Vital statistics of India. Vol. IV, Annual returns from 1871 to 1876. British Army of India, Native Army and jails of Bengal
Year: 1871
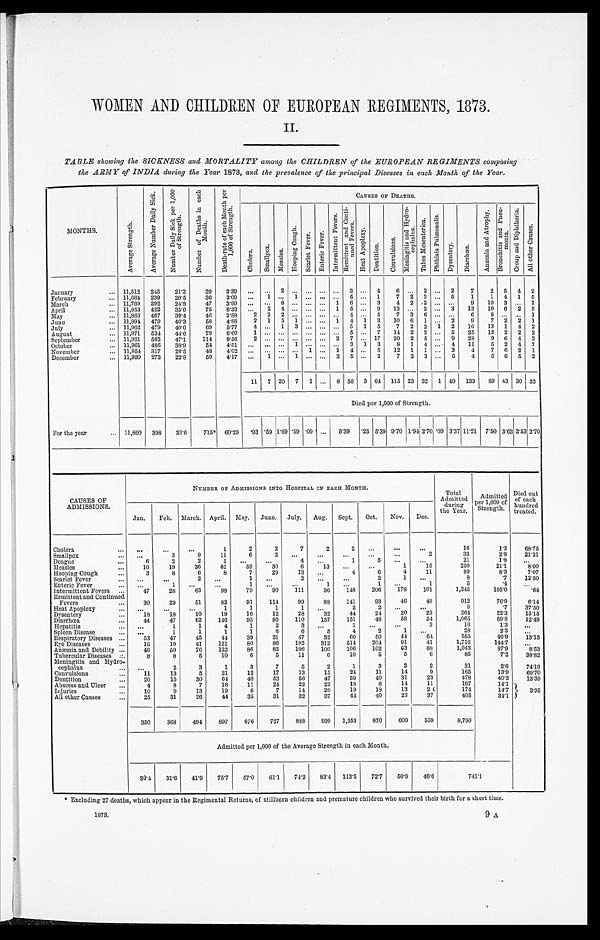
WOMEN AND CHILDREN OF EUROPEAN REGIMENTS, 1873.
II.
TABLE showing the SICKNESS and MORTALITY among the CHILDREN of the EUROPEAN REGIMENTS composing
the ARMY of INDIA during the Year 1873, and the prevalence of the principal Diseases in each Month of the Year.
MONTHS.
A v e r a g e S t r e n g t h .
A v e r a g e N u m b e r D a i l y S i c k .
N u m b e r D a i l y S i c k p e r 1 , 0 0 0 o f S t r e n g t h .
N u m b e r o f D e a t h s e a c h M o n t h .
D e a t h - r a t e o f e a c h M o n t h p e r 1 , 0 0 0 o f S t r e n g t h .
CAUSES OF DEATHS.
C h o l e r a .
S m a l l p o x .
M e a s l e s .
H o o p i n g C o u g h .
S c a r l e t F e v e r . E n t e r i c F e v e r .
I n t e r m i t t e n t F e v e r s .
R e m i t t e n t a n d C o n t i - n u e d F e v e r s .
H e a t A p o p l e x y .
D e n t i t i o n .
C o n v u l s i o n s .
M e n i n g i t i s a n d H y d r o - c e p h a l u s .
T a b e s M e s e n t e r i c a .
P h t h i s i s P u l m o n a l i s .
D y s e n t e r y . D i a r r h œ a . .
A n æ m i a a n d A t r o p h y .
B r o n c h i t i s a n d P n e u - m o n i a .
C r o u p a n d D i p h t h e r i a .
A l l o t h e r C a u s e s .
January . . . 11,512 245
21.3
39
3.39 . . .
. . .
2
. . . . . . . . . . . . 3 . . . 4
6
.
. . 2 . . . 2
7
2 5 4 2
February . . . 11,664 239
20.5
36
3.09
. . .
1 . . . 1 . . .
. . . . . . 5 . . . 1
7 2 2
. . . 5
1
1 4 1 5
March . . .. 11,769 292
24.8
47
3.99
. . .
. . .
6
. . . . . . . . . 1 6 . . . 3
4 2 2
. . .
. . .
9
10 3
. . . 1
April . . .. 11,853 422
35.6
75
6.33
. . .
2 4
. . . . . .
. . . 1 5 . . . 9
13
. . . 2
. . . 3
13
10 6 2 5
May . . .. 11,866 467
39.4
46
3.88
2 2 2 . . . . . . . . . . . . 4 . . . 5
7 3 6
. . .
. . .
6
8
. . .
. . . 1
June . . .. 11,894 479
40.3
58
4.88
2 1 5 1 . . . . . . 1 4 1 3
10 6 1
. . . 2
9
7 2 2 1
July . . .. 11,962 479
40.0
69
5.77
4 . . .
1 3 . . .
. . . . . . 5 1 5
7 2 2
1 2
16
13 1 4 2
August . . .. 11,971 534
44.6
79
6.60
1 . . .
. . .
. . . . . .
. . . . . . 5 . . . 7
14 2 2
. . . 5
25
12 2 2 2
September . . .. 11,921 562
47.1
114
9.56
2 . . .
. . .
. . . . . . . . . 2 7
.
. . 17
20 2 5
. . . 9
28
9 6 4 3
October . . .. 11,961 466
38.9
54
4.51
. . .
. . . . . . 1 . . . . . . . . . 3 1 3
8 1 4
. . . 4
11
5 2 4 7
November . . .. 11,954 317
26.5
48
4.02 . . .
. . .
. . .
. . . 1
. . . 1 4 . . . 5
12 1 1
. . . 3
4
7 6 2 1
December . . .. 11,990 273
22.8
50
4.17
. . .
1 . . .
1 . . . . . . 2 5 . . . 2
7 2 3
. . . 5
4
5 6 5 2
11 7 20 7 1 . . .
8 56 3 64 115 23 32 1 40 133
89 43 30 32
Died per 1,000 of Strength.
For the year . . . 11,860 398
33.6
715* 60.29 .93 .59 1.69 .59 .09 . . .
5.39 .25 5.39 9.70 1.94 2.70 .09 3.37 11.21 7.50 3.63 2.53 2.70
CAUSES OF
ADMISSIONS.
NUMBER OF ADMISSIONS INTO HOSPITAL IN EACH MONTH.
Total
Admitted
during
the Year.
Admitted
per 1, 000 of
Strength.
Died out
of each
hundred
treated.
Jan.
Feb. March. April. May. June. July.
Aug. Sept.
Oct.
Nov.
Dec.
Cholera . . .
. . .
. . .
. . .
1
2
2
7
2
2
. . .
. . .
. . .
16
1.3
68.75
Smallpox . . .
. . .
3
9
11
6
2
. . . . . .
. . .
. . .
. . .
2
33
2.8
21.21
Dengue . . .
6
2
2
1
. . .
. . .
4
. . .
1
5
. . .
. . .
21
1.8
. . .
Measles . . .
10
19
36
61
59
30
6
13
. . .
. . .
1
15
250
21.1
8.00
Hooping Cough . . .
3
8
6
8
7
29
13
. . .
4
6
4
11
99
8.3
7.07
Scarlet Fever . . .
. . .
. . .
2
. . .
1
. . .
2
. . .
. . .
2
1 . . .
8
. 7
12.50
Enteric Fever . . ..
. . .
1
. . .
. . .
1
. . .
. . .
1
. . .
1
. . .
1
5
.4
. . .
Intermittent Fevers . . .
47
28
63
98
79
90
111
96
148
206
178
101
1,245
105.0
.64
Remittent and Continued
Fevers . . .
30
29
51
82
91
114
99
88
141
93
46
48
912
76.9
6.14
Heat Apoplexy . . ..
. . .
. . .
. . .
1
1
1
1
. . .
2
2
. . .
. . .
8
.7
37.50
Dysentery . . ..
18
18
10
19
16
12
28
32
44
24
20
23
264
22.3
15.15
Diarrhœa . . .
44
47
62
146
93
95
110
157
151
48
58
54
1,065
89.8
12.49
Hepatitis . . ..
. . .
1
1
4
1
2
3
. . .
1
. . .
. . .
3
16
1.3
. . .
Spleen Disease . . .
. . .
1
1
1
1
6
6
5
4
2
1
. . .
28
2.3
. . .
Respiratory Diseases . . .
53
47
45
44
39
31
47
32
60
50
44
64
556
46.9
13.13
Eye Diseases . . ..
15
19
41
121
80
86
192
312
514
204
91
41
1,716
144.7
. . .
Anæmia and Debility . . .
46
59
76
122
86
83
106
160
106
102
63
88
1,043
87.9
8.53
Tubercular Diseases . . .
8
8
5
10
6
5
11
6
10
5
5
6
85
7.2
38.82
Meningitis and Hydro-
cephalus . . .
. . .
2
3
1
3
7
5
2
1
3
2
2
31
2.6
74.19
Convulsions . . .
11
13
5
21
12
17
13
15
24
11
14
9
165
13.9
69.70
Dentition . . .
20
15
30
64
40
53
56
47
59
40
31
23
478
40.3
13.39
Abscess and Ulcer . . .
4
8
7
18
11
24
22
22
18
8
14
11
167
14.1
3.95
Injuries . . .
10
9
13
19
6
7
14
26
19
18
13
20
174
14.7
All other Causes . . .
25
31
26
44
35
31
32
37
44
40
23
37
405
34.1
350
368
494
897
676
727
888
999
1,353
870
609
559
8,790
Admitted per 1,000 of the Average Strength in each Month.
30.4
31.6
41.9
75.7
57.0
61.1
74.2
83.4
113.5
72.7
50.9
46.6
741.1
* Excluding 27 deaths, which appear in the Regimental Returns, of stillborn children and premature children who survived their birth for a short time.
1 8 7 3 .
9 A